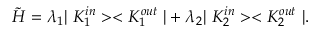
\tilde { \cal H } = \lambda _ { 1 } | \ K _ { 1 } ^ { i n } > < K _ { 1 } ^ { o u t } \ | + \lambda _ { 2 } | \ K _ { 2 } ^ { i n } > < K _ { 2 } ^ { o u t } \ | .